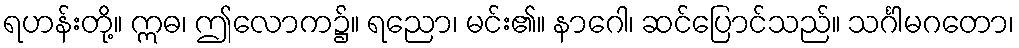
ရဟန်းတို့။ ဣဓ၊ ဤလောက၌။ ရညော၊ မင်း၏။ နာဂေါ၊ ဆင်ပြောင်သည်။ သင်္ဂါမဂတော၊